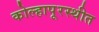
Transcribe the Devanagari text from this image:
कोल्हापूरस्थीत